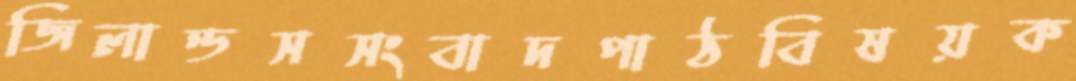
জিলান্ডসসংবাদপাঠবিষয়ক